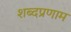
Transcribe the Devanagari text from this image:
शब्दप्रणाम